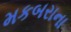
મકબરાના